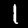
Digit: 1